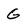
Character: G